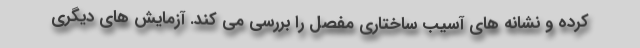
کرده و نشانه های آسیب ساختاری مفصل را بررسی می کند. آزمایش های دیگری